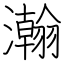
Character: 瀚